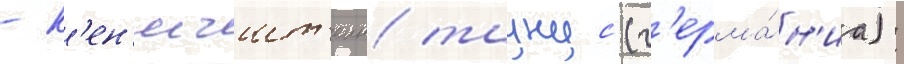
- к'ен'игшт'еин/ таунус (г'ерма́н'иа):